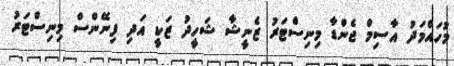
މުހައްމަދު އާސިމް ޖެންޑާ މިނިސްޓަރު ޒެނީޝާ ޝަހީދު ޒަކީ އަދި ފިނޭންސް މިނިސްޓަރު